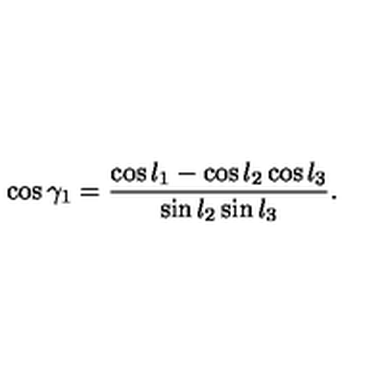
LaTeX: \cos \gamma _ { 1 } = { \frac { \cos l _ { 1 } - \cos l _ { 2 } \cos l _ { 3 } } { \sin l _ { 2 } \sin l _ { 3 } } } .